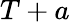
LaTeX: T+a